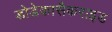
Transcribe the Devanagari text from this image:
डोडेकासैकराइड